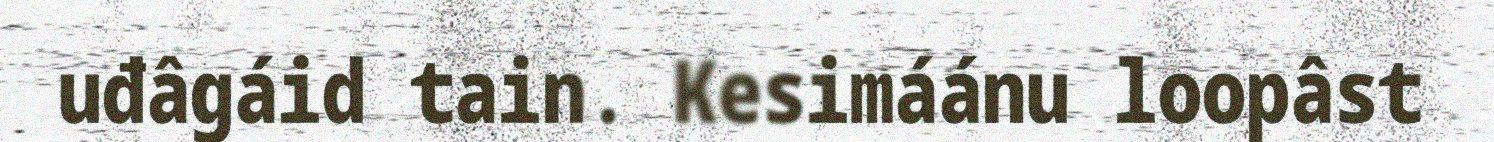
uđâgáid tain. Kesimáánu loopâst